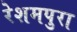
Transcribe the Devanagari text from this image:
रेशमपुरा